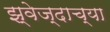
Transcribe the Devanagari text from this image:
झ्वेज्दाच्या